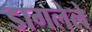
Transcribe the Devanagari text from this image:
डागलेले